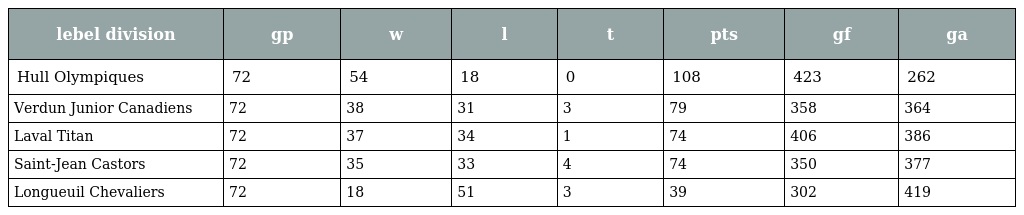
| lebel division | gp | w | l | t | pts | gf | ga |
 | --- | --- | --- | --- | --- | --- | --- | --- |
 | Hull Olympiques | 72 | 54 | 18 | 0 | 108 | 423 | 262 |
 | Verdun Junior Canadiens | 72 | 38 | 31 | 3 | 79 | 358 | 364 |
 | Laval Titan | 72 | 37 | 34 | 1 | 74 | 406 | 386 |
 | Saint-Jean Castors | 72 | 35 | 33 | 4 | 74 | 350 | 377 |
 | Longueuil Chevaliers | 72 | 18 | 51 | 3 | 39 | 302 | 419 |